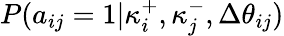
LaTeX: P(a_{ij}=1|\kappa_{i}^{+},\kappa_{j}^{-},\Delta\theta_{ij})